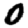
Digit: 0